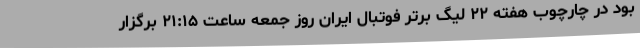
بود در چارچوب هفته ۲۲ لیگ برتر فوتبال ایران روز جمعه ساعت ۲۱:۱۵ برگزار